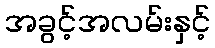
အခွင့်အလမ်းနှင့်